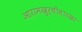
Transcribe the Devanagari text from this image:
आरामखुर्चीसारखा